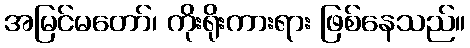
အမြင်မတော်၊ ကိုးရိုးကားရား ဖြစ်နေသည်။